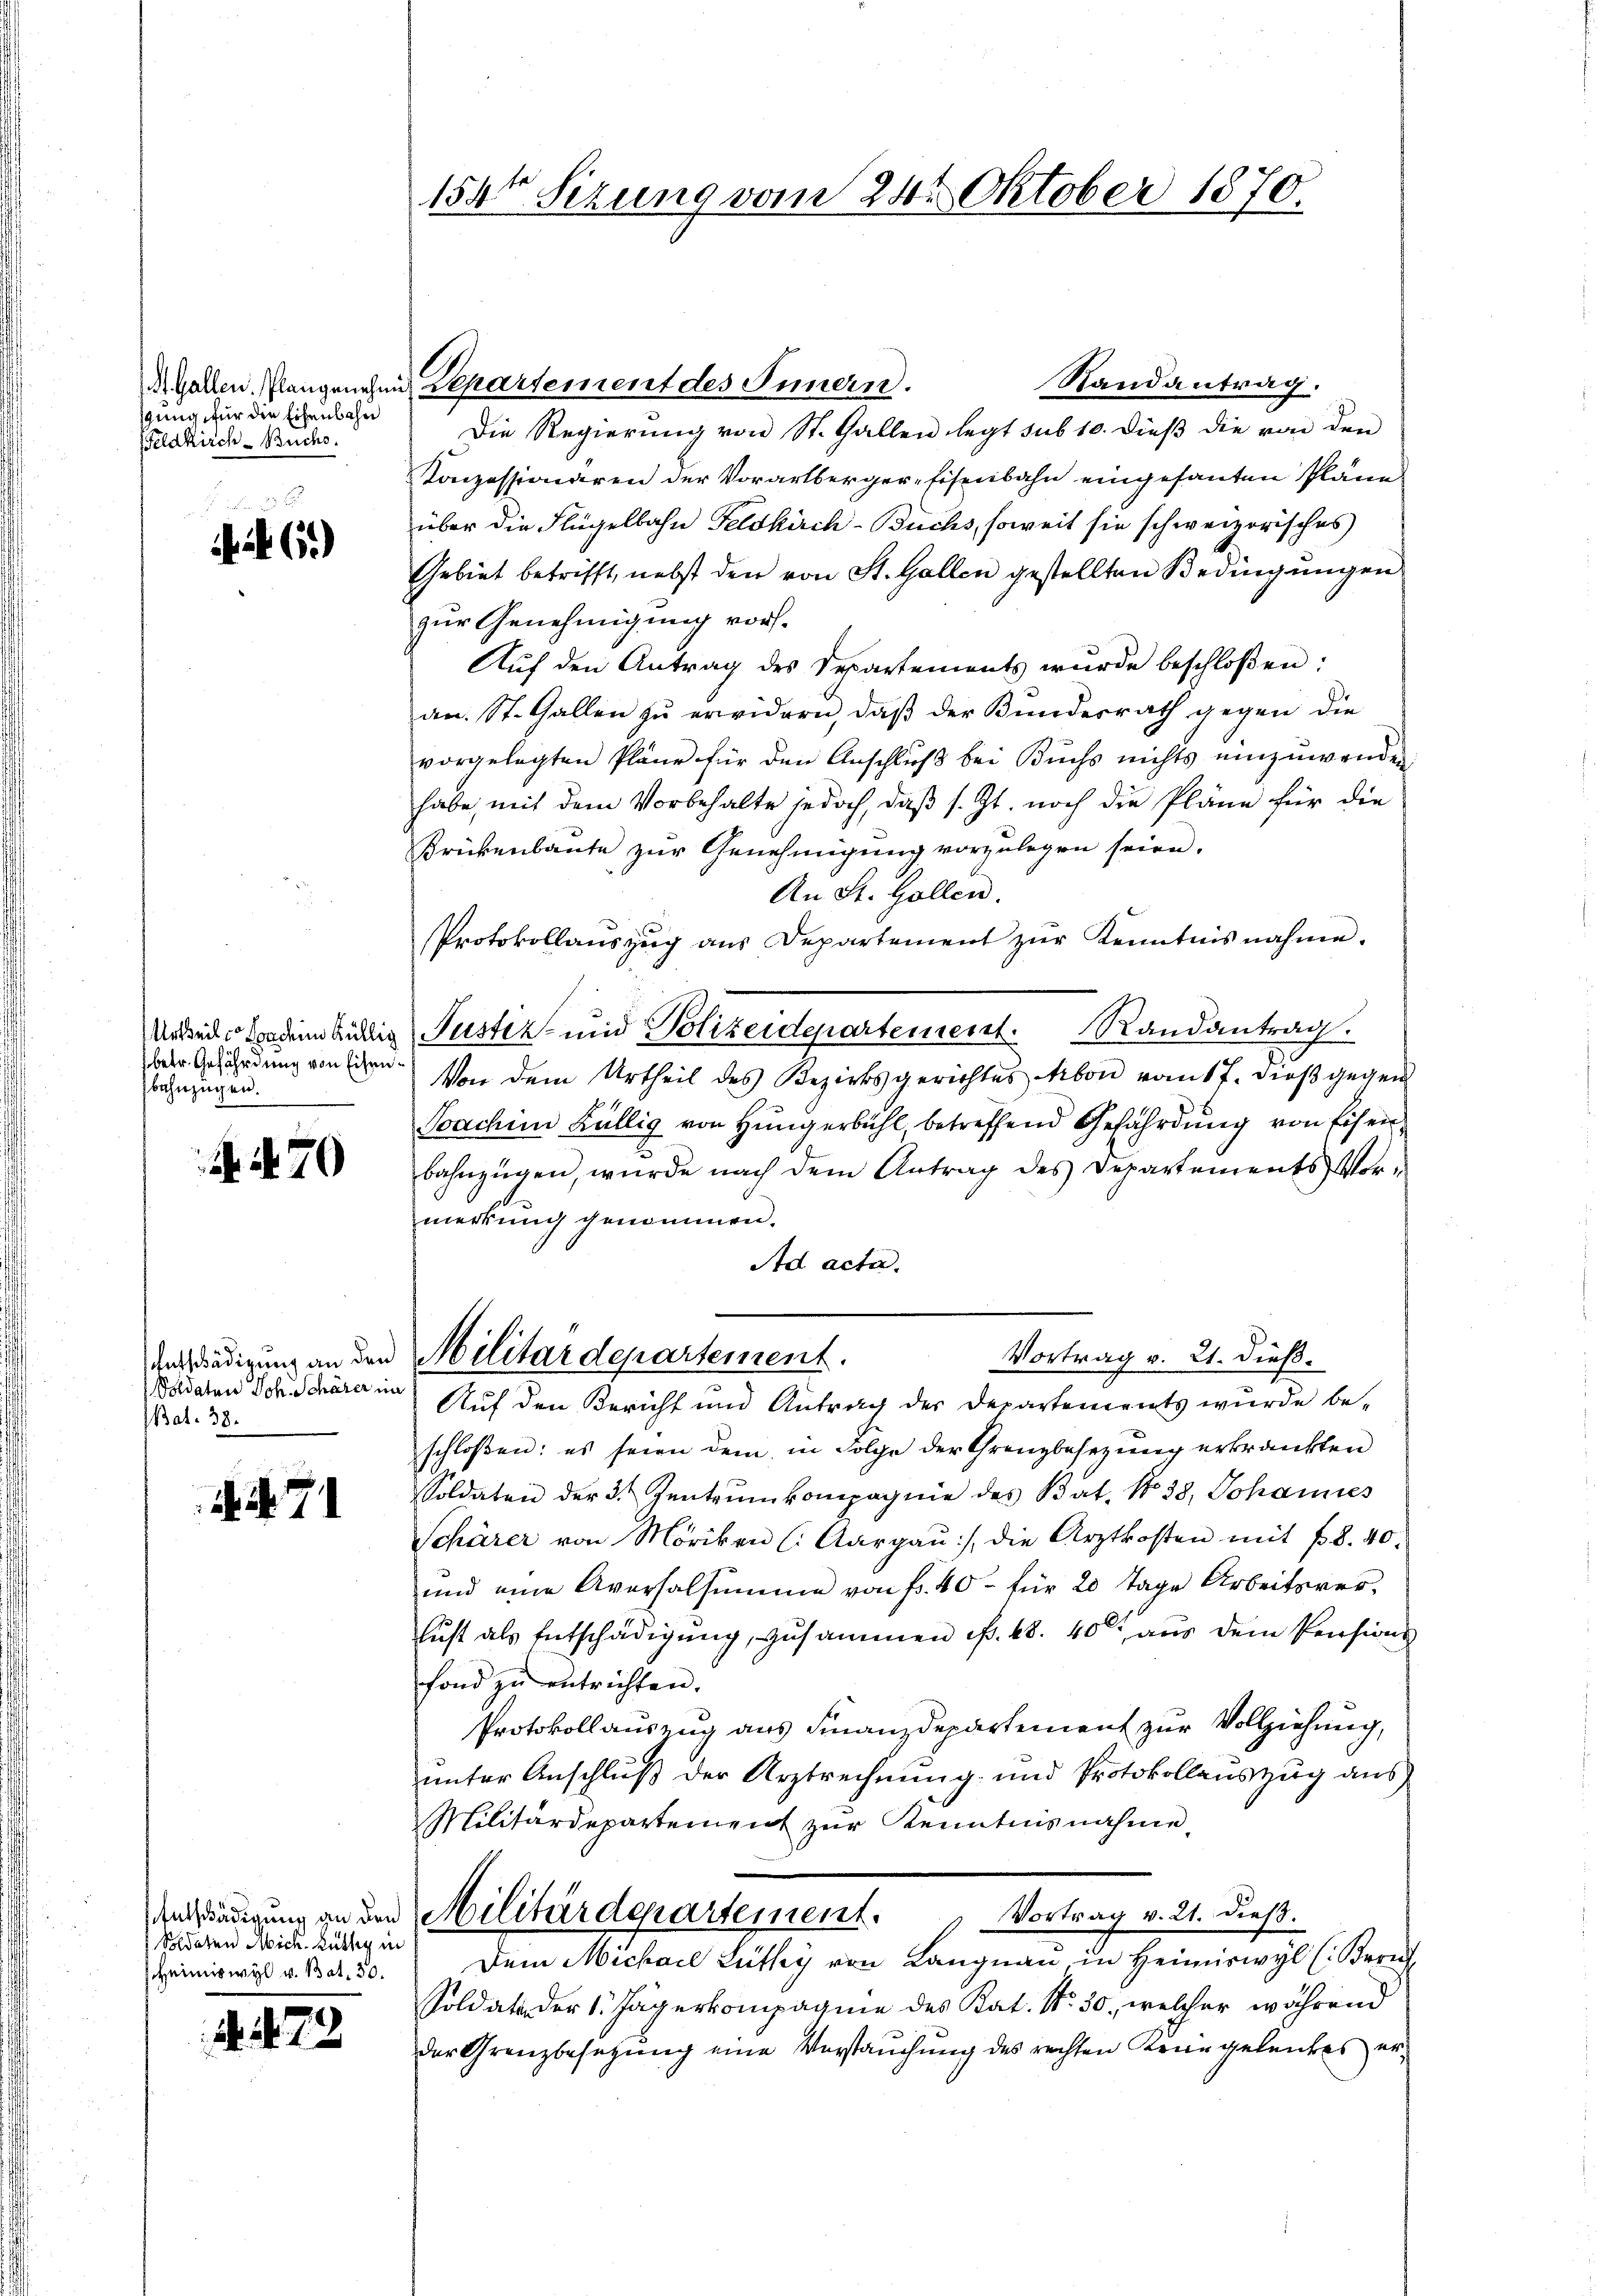
gung für die Eisenbahn
Feldkirch- Buchs.

65)

Urtheils sondern Köllig
betr. Gefährdung von Eisenbahnzügen.

N. 4470

Entschädigung an den
Voldaten Joh. Schärer im
Bat. 38.

. . 71

73

Soldaten Mich. Rüthig in
Heimiswyl v. Bat. 30.

154te Sizung vom 24. Oktober 1870.

.
M. Gallen Plangenehmi Repartement des Innern.

Randantrag.
Die Regierung von St. Gallen legt sub 10. dieß die von den
Konzessionären der Vorarlberger-Eisenbahn eingesanten Pläne
über die Flügelbahn Feldkirch- Buchs, soweit sie schweizerisches
Gebiet betrifft, nebst den von St. Gallen gestellten Bedingungen
zur Genehmigung vors.
Aŭf den Antrag des Separtements wurde beschloßen:
an. St. Gallen zu erwidern, daß der Bundesrath gegen die
vorgelegten Pläne für den Anschluß bei Buchs nichts einzuwenden
habe, mit dem Vorbehalte jedoch, daß s. Zt. noch die Pläne für die
Brikenbaute zur Genehmigung vorzulegen seien.
An St. Gallen.
Protokollauszug aus Departement zur Kenntnis nahme.
Justiz- und Polizeidepartement. Randantrag.
Von dem Urtheil des Bezirksgerichtes Arbon vom 17. dieß gegen
Soachen Källig von Hungerbühl betreffend Gefährdung von Eisenbahnzügen, wurde nach dem Antrag des Departements Vor-
merkung genommen.
Ad acta.
Militärdepartement.
Vortrag v. 21. dieß.
Auf den Bericht und Antrag der Departements wurde beschloßen: es seien dem in Folge der Grenzbesezung erkrankten
Soldaten der 3 Zentrum kompagnie des Bat. No 38, Johannes
Schärer von Moriken (Aargau, die Arztkosten mit 8. 40.
und eine Aversalsumme von fr. 40. für 20 Tage Arbeitsverlust als Entschädigung, zusammen f. 48. 400 aus dem Pensions
fond zu entrichten.
Protokollauszug aus Finanzdepartement zur Vollziehung,
unter Anschluß der Arztrechnung und Protokollauszug aus
Militärdepartement zur Kenntnisnahme
Vortrag v. 21. dieß.
Aenadigung an den Militärdepartement.
Dem Michael Lüthy von Langnau in Heimiswyl (Bernh
Soldate der 1. Jägerkompagnie des Kat. No. 30, welcher während
der Grenzbesetzung eine Vorstauchung des rechten Krangeleites er¬